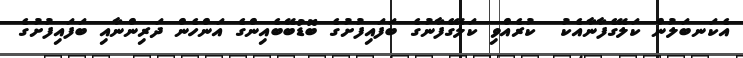
އެކަނބަލުން ކަލޭގެފާނާއެކު  ކުރެއްވި ކަލޭގެފާނުގެ ބަފައިފުށުގެ ބޮޑުބޭބެއިންގެ އަންހެން ދަރިންނާއި ބަފައިފުށުގެ